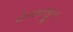
ધોળશાજીના